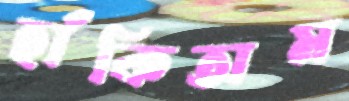
হাঁকিতাম